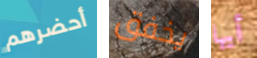
أحضرهم يخفق أيها